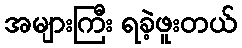
အများကြီး ရခဲ့ဖူးတယ်